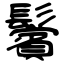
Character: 鬢